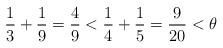
LaTeX: \begin{align*}\frac{1}{3} + \frac{1}{9} = \frac{4}{9} < \frac{1}{4} + \frac{1}{5} = \frac{9}{20} < \theta\end{align*}